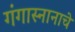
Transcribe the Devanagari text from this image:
गंगास्नानाचे